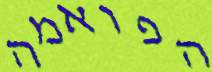
הפואמה